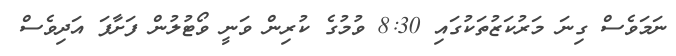
ނަމަވެސް ގިނަ މަރުކަޒުތަކުގައި 8:30 ވުމުގެ ކުރިން ވަނީ ވޯޓުލުން ފަށާފަ އަދިވެސް